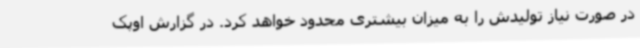
در صورت نیاز تولیدش را به میزان بیشتری محدود خواهد کرد. در گزارش اوپک